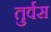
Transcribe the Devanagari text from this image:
तुर्वस